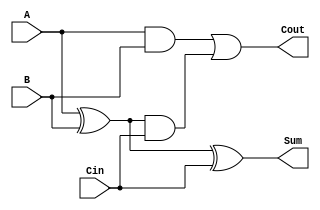
module tree_structured_full_adder (
    input wire A,    // First input bit
    input wire B,    // Second input bit
    input wire Cin,  // Carry-in bit
    output wire Sum, // Output sum bit
    output wire Cout  // Output carry-out bit
);

    // Intermediate signals
    wire S1;  // Intermediate sum
    wire C1;  // Intermediate carry from A and B
    wire C2;  // Intermediate carry from S1 and Cin

    // Level 1: Calculate S1 and C1
    assign S1 = A ^ B;          // S1 = A XOR B
    assign C1 = A & B;          // C1 = A AND B

    // Level 2: Calculate final Sum and C2
    assign Sum = S1 ^ Cin;      // Sum = S1 XOR Cin
    assign C2 = S1 & Cin;       // C2 = S1 AND Cin

    // Final stage: Calculate Cout
    assign Cout = C1 | C2;      // Cout = C1 OR C2

endmodule